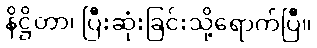
နိဋ္ဌိတာ၊ ပြီးဆုံးခြင်းသို့ရောက်ပြီ။